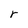
Character: r